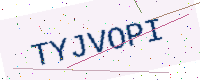
Text: TYJVOPI